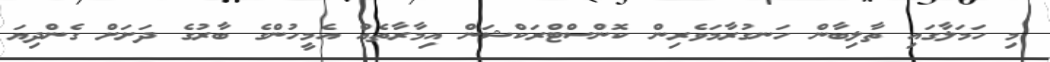
މި ހަމަލާގައި ތާލިބާން ހަނގުރާމަވެރިން ކޮންސްޓްރަކްޝަން އިމާރާތެއް އެމީހުންގެ ބާރުގެ ދަށަށް ގެންދިޔަ